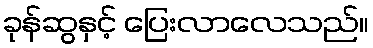
ခုန်ဆွနှင့် ပြေးလာလေသည်။